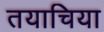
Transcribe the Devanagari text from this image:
तयाचिया